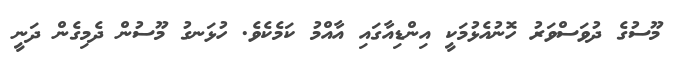
މޫސުގެ ދުވަސްވަރު ހޮނުއެޅުމަކީ އިންޑިއާގައި އާއްމު ކަމެކެވެ. ހުޅަނގު މޫސުން ދެމިގެން ދަނީ